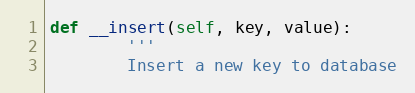
Language: Python
def __insert(self, key, value):
        '''
        Insert a new key to database